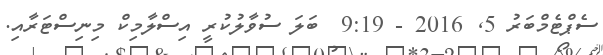
ސެޕްޓެމްބަރު 5